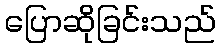
ပြောဆိုခြင်းသည်